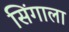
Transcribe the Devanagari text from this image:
सिंगाला